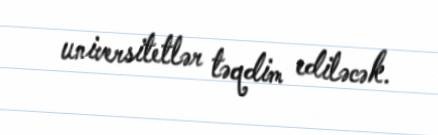
universitetlər təqdim ediləcək.